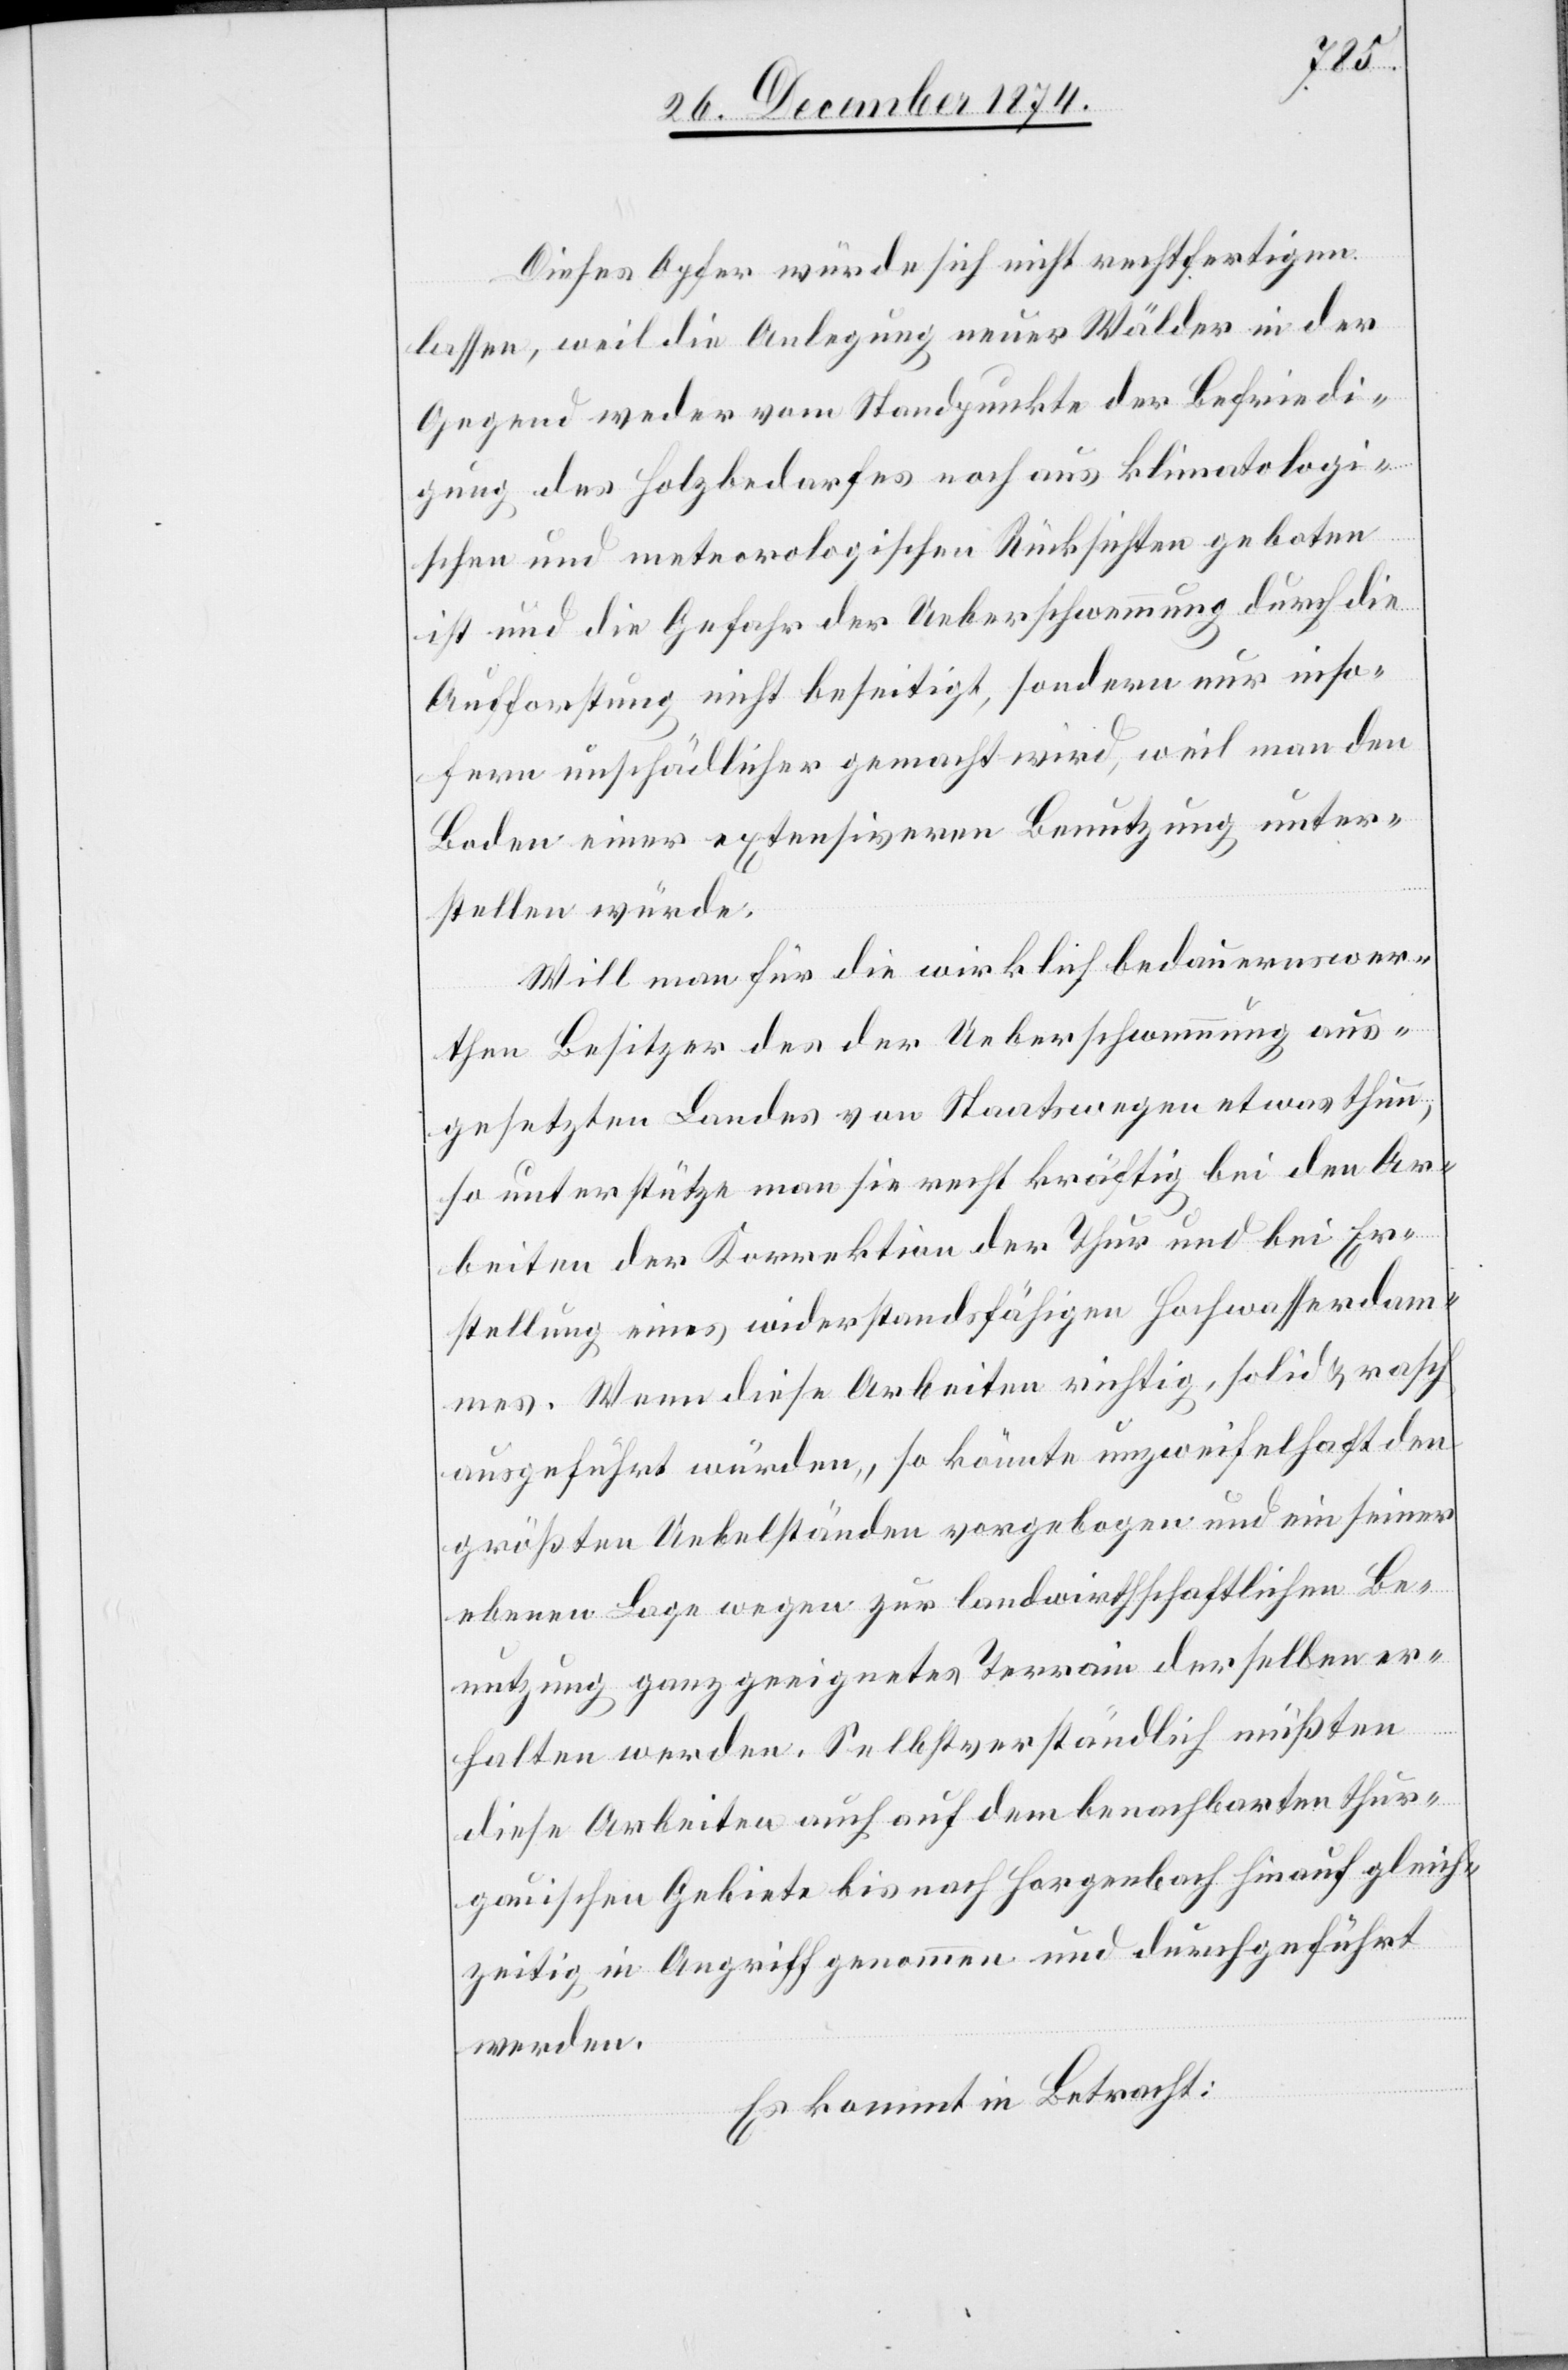
Dieses Opfer würde sich nicht rechtfertigen
lassen, weil die Anlegung neuer Wälder in der
Gegend weder vom Standpunkte der Befriedi¬
gung des Holzbedarfes noch aus klimatologi¬
schen und meteorologischen Rücksichten geboten
ist und die Gefahr der Ueberschwemmung durch die
Aufforstung nicht beseitigt, sondern nur inso¬
fern unschädlicher gemacht wird, weil man den
Boden einer extensiveren Benutzung unter¬
stellen würde.
Will man für die wirklich bedauernswer¬
then Besitzer des der Ueberschwemmung aus¬
gesetzten Landes von Staatswegen etwas thun,
so unterstütze man sie recht kräftig bei den Ar¬
beiten der Korrektion der Thur und bei Er¬
stellung eines widerstandsfähigen Hochwasserdam¬
mes. Wenn diese Arbeiten richtig, solid & rasch
ausgeführt würden, so könnte unzweifelhaft den
größten Uebelständen vorgebogen und ein seiner
ebenen Lage wegen zur landwirthschaftlichen Be¬
nutzung ganz geeignetes Terrain derselben er¬
halten werden. Selbstverständlich müßten
diese Arbeiten auch auf dem benachbarten thur¬
gauischen Gebiete bis nach Horgenbach hinauf gleich¬
zeitig in Angriff genommen und durchgeführt
werden.
Es kommt in Betracht: